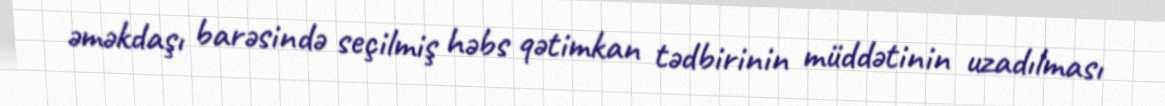
əməkdaşı barəsində seçilmiş həbs qətimkan tədbirinin müddətinin uzadılması